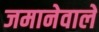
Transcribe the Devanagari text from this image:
जमानेवाले